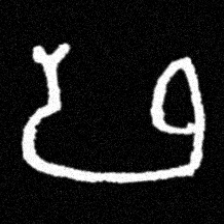
Pyu character \u2014 Myanmar letter: ဖ (romanized: pha)